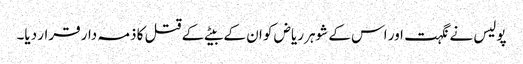
پولیس نے نگہت اور اس کے شوہر ریاض کو ان کے بیٹے کے قتل کا ذمہ دار قرار دیا۔